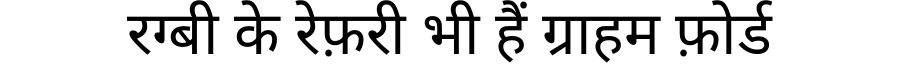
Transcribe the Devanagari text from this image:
रग्बी के रेफ़री भी हैं ग्राहम फ़ोर्ड